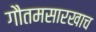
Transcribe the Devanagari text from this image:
गौतमसारखाच